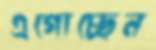
এগোচ্ছেন